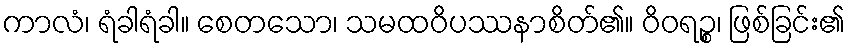
ကာလံ၊ ရံခါရံခါ။ စေတသော၊ သမထဝိပဿနာစိတ်၏။ ဝိဝရဉ္စ၊ ဖြစ်ခြင်း၏